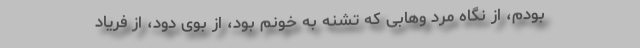
بودم، از نگاه مرد وهابی که تشنه به خونم بود، از بوی دود، از فریاد